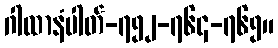
ဂါထာနံပါတ်-၇၅၂-၇၆၄-၇၆၅။